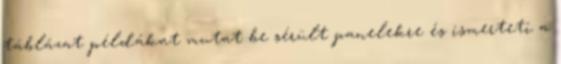
táblázat példákat mutat be sérült panelekre és ismerteti a